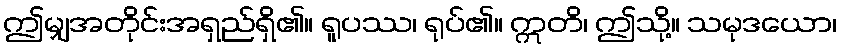
ဤမျှအတိုင်းအရှည်ရှိ၏။ ရူပဿ၊ ရုပ်၏။ ဣတိ၊ ဤသို့။ သမုဒယော၊